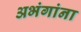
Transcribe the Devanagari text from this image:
अभंगांना